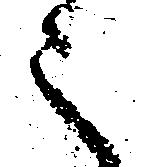
之